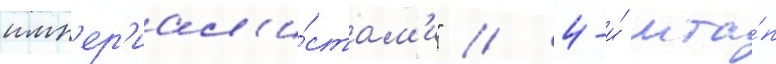
имп'ер'иал'и́стам'и" / 4-и́ мта́п